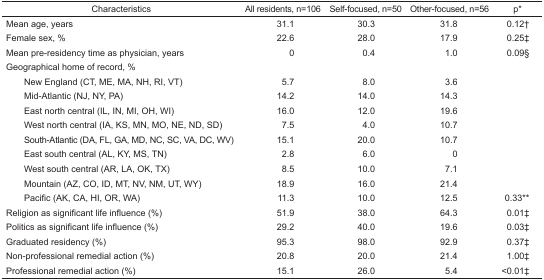
<table><thead><tr><td><b>Characteristics</b></td><td><b>All residents, n=106</b></td><td><b>Self-focused, n=50</b></td><td><b>Other-focused, n=56</b></td><td><b>p*</b></td></tr></thead><tbody><tr><td>Mean age, years</td><td>31.1</td><td>30.3</td><td>31.8</td><td>0.12†</td></tr><tr><td>Female sex, %</td><td>22.6</td><td>28.0</td><td>17.9</td><td>0.25‡</td></tr><tr><td>Mean pre-residency time as physician, years</td><td>0</td><td>0.4</td><td>1.0</td><td>0.09§</td></tr><tr><td colspan="5">Geographical home of record, %</td></tr><tr><td> New England (CT, ME, MA, NH, RI, VT)</td><td>5.7</td><td>8.0</td><td>3.6</td><td></td></tr><tr><td> Mid-Atlantic (NJ, NY, PA)</td><td>14.2</td><td>14.0</td><td>14.3</td><td></td></tr><tr><td> East north central (IL, IN, MI, OH, WI)</td><td>16.0</td><td>12.0</td><td>19.6</td><td></td></tr><tr><td> West north central (IA, KS, MN, MO, NE, ND, SD)</td><td>7.5</td><td>4.0</td><td>10.7</td><td></td></tr><tr><td> South-Atlantic (DA, FL, GA, MD, NC, SC, VA, DC, WV)</td><td>15.1</td><td>20.0</td><td>10.7</td><td></td></tr><tr><td> East south central (AL, KY, MS, TN)</td><td>2.8</td><td>6.0</td><td>0</td><td></td></tr><tr><td> West south central (AR, LA, OK, TX)</td><td>8.5</td><td>10.0</td><td>7.1</td><td></td></tr><tr><td> Mountain (AZ, CO, ID, MT, NV, NM, UT, WY)</td><td>18.9</td><td>16.0</td><td>21.4</td><td></td></tr><tr><td> Pacific (AK, CA, HI, OR, WA)</td><td>11.3</td><td>10.0</td><td>12.5</td><td>0.33**</td></tr><tr><td>Religion as significant life influence (%)</td><td>51.9</td><td>38.0</td><td>64.3</td><td>0.01‡</td></tr><tr><td>Politics as significant life influence (%)</td><td>29.2</td><td>40.0</td><td>19.6</td><td>0.03‡</td></tr><tr><td>Graduated residency (%)</td><td>95.3</td><td>98.0</td><td>92.9</td><td>0.37‡</td></tr><tr><td>Non-professional remedial action (%)</td><td>20.8</td><td>20.0</td><td>21.4</td><td>1.00‡</td></tr><tr><td>Professional remedial action (%)</td><td>15.1</td><td>26.0</td><td>5.4</td><td>&lt;0.01‡</td></tr></tbody></table>